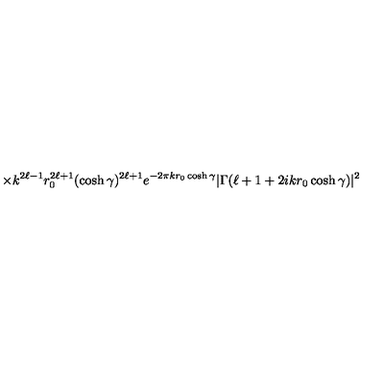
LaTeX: \times k ^ { 2 \ell - 1 } r _ { 0 } ^ { 2 \ell + 1 } ( \cosh \gamma ) ^ { 2 \ell + 1 } e ^ { - 2 \pi k r _ { 0 } \cosh \gamma } | \Gamma ( \ell + 1 + 2 i k r _ { 0 } \cosh \gamma ) | ^ { 2 }